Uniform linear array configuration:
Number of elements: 12
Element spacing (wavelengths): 1
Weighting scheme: uniform
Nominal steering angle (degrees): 15
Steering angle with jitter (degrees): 13.065
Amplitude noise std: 0.05
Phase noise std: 0.05

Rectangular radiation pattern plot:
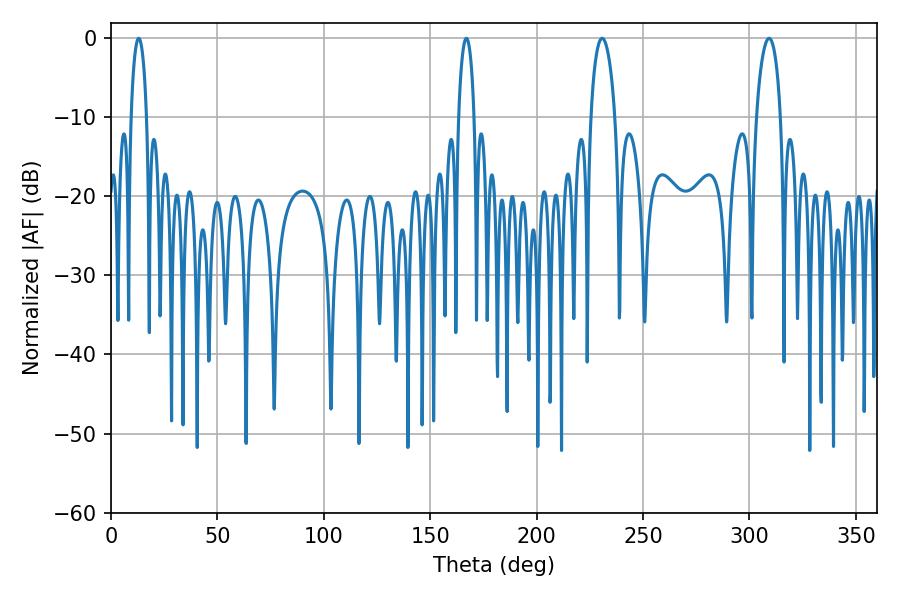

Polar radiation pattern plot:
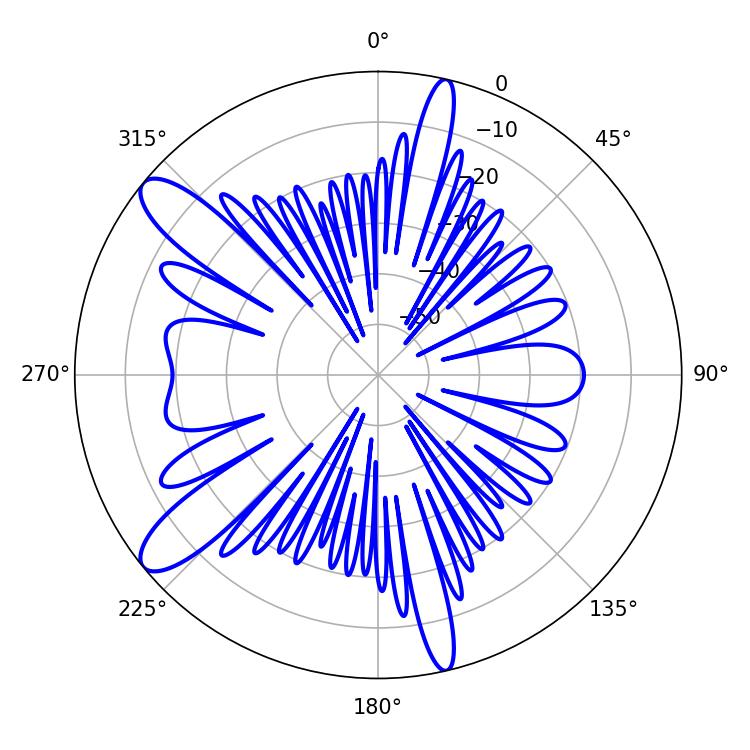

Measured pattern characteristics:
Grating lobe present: TRUE
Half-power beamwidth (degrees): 6.48
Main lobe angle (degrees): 230.76